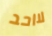
لااحد